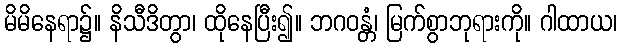
မိမိနေရာ၌။ နိသီဒိတွာ၊ ထိုနေပြီး၍။ ဘဂဝန္တံ၊ မြက်စွာဘုရားကို။ ဂါထာယ၊